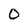
Character: O